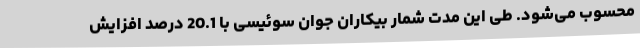
محسوب می‌شود. طی این مدت شمار بیکاران جوان سوئیسی با 20.1 درصد افزایش